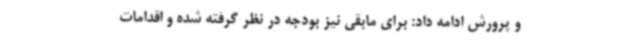
و پرورش ادامه داد: برای مابقی نیز بودجه در نظر گرفته شده و اقدامات